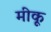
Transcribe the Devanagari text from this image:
मीकू